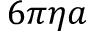
6 \pi \eta a